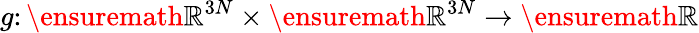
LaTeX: g\colon\ensuremath{\mathbb{R}}^{3N}\times\ensuremath{\mathbb{R}}^{3N}\to\ensuremath{\mathbb{R}}